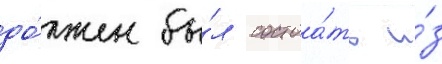
до́лжен бы́л состоа́ть и́з